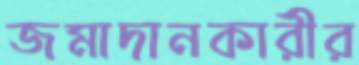
জমাদানকারীর